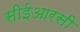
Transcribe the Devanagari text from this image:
सीईआरसी